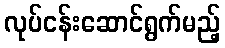
လုပ်ငန်းဆောင်ရွက်မည့်